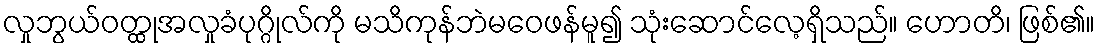
လှုဘွယ်ဝတ္ထုအလှုခံပုဂ္ဂိုလ်ကို မသိကုန်ဘဲမဝေဖန်မူ၍ သုံးဆောင်လေ့ရှိသည်။ ဟောတိ၊ ဖြစ်၏။